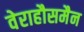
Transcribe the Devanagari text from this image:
वेराहौसमैन